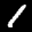
Label: 1